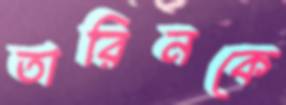
তারিনকে